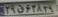
۲۹ق۶۲۸۲۹